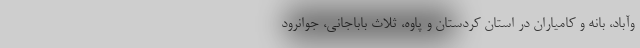
وآباد، بانه و کامیاران در استان کردستان و پاوه، ثلاث باباجانی، جوانرود